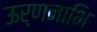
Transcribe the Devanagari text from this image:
ऊर्णनाभि